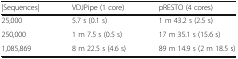
<table><thead><tr><td><b>|Sequences|</b></td><td><b>VDJPipe (1 core)</b></td><td><b>pRESTO (4 cores)</b></td></tr></thead><tbody><tr><td>25,000</td><td>5.7 s (0.1 s)</td><td>1 m 43.2 s (2.5 s)</td></tr><tr><td>250,000</td><td>1 m 7.5 s (0.5 s)</td><td>17 m 35.1 s (15.6 s)</td></tr><tr><td>1,085,869</td><td>8 m 22.5 s (4.6 s)</td><td>89 m 14.9 s (2 m 18.5 s)</td></tr></tbody></table>